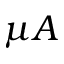
\mu A